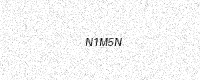
Text: N1M5N